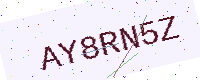
Text: AY8RN5Z